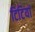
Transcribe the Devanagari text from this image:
टिटियां